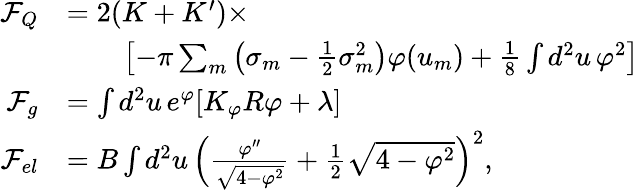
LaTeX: \begin{array}{rl}{\mathcal F_{Q}}&{=2(K+K^{\prime})\times}\\ &{\qquad\left[-\pi\sum_{m}\left(\sigma_{m}-\frac{1}{2}\sigma_{m}^{2}\right)\varphi(u_{m})+\frac{1}{8}\int d^{2}u\, \varphi^{2}\right]}\\ {\mathcal F_{g}}&{=\int d^{2}u\, e^{\varphi}[K_{\varphi}R\varphi+\lambda]}\\ {\mathcal F_{el}}&{=B\int d^{2}u\, \left(\frac{\varphi^{\prime\prime}}{\sqrt{4-\varphi^{2}}}+\frac{1}{2}\sqrt{4-\varphi^{2}}\right)^{2},}\end{array}